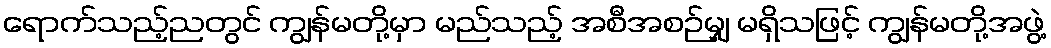
ရောက်သည့်ညတွင် ကျွန်မတို့မှာ မည်သည့် အစီအစဉ်မျှ မရှိသဖြင့် ကျွန်မတို့အဖွဲ့